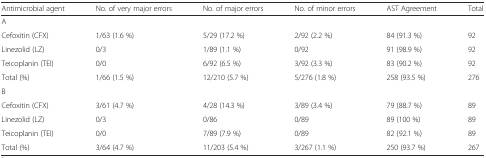
| Antimicrobial agent | No. of very major errors | No. of major errors | No. of minor errors | AST Agreement | Total |
 | --- | --- | --- | --- | --- | --- |
 | <COLSPAN=6> A |
 | Cefoxitin (CFX) | 1/63 (1.6 %) | 5/29 (17.2 %) | 2/92 (2.2 %) | 84 (91.3 %) | 92 |
 | Linezolid (LZ) | 0/3 | 1/89 (1.1 %) | 0/92 | 91 (98.9 %) | 92 |
 | Teicoplanin (TEI) | 0/0 | 6/92 (6.5 %) | 3/92 (3.3 %) | 83 (90.2 %) | 92 |
 | Total (%) | 1/66 (1.5 %) | 12/210 (5.7 %) | 5/276 (1.8 %) | 258 (93.5 %) | 276 |
 | <COLSPAN=6> B |
 | Cefoxitin (CFX) | 3/61 (4.7 %) | 4/28 (14.3 %) | 3/89 (3.4 %) | 79 (88.7 %) | 89 |
 | Linezolid (LZ) | 0/3 | 0/86 | 0/89 | 89 (100 %) | 89 |
 | Teicoplanin (TEI) | 0/0 | 7/89 (7.9 %) | 0/89 | 82 (92.1 %) | 89 |
 | Total (%) | 3/64 (4.7 %) | 11/203 (5.4 %) | 3/267 (1.1 %) | 250 (93.7 %) | 267 |